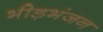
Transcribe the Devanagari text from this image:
भीड़भंजन